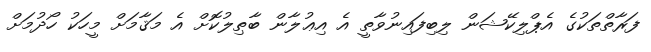
ފަރާތްތަކުގެ އެޕްލިކޭޝަން ލިބިފައިނުވާތީ އެ އިޢުލާން ބާޠިލުކޮށް އެ މަޤާމަށް މީހަކު ހޯދުމަށް